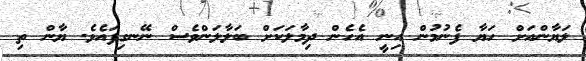
ލަޔާންއަށް ހަޔާ ފެނުމުން އިނީ އެހެން ދިމާލަކަށް ބަލާލަންވެސް ނޭނގިފައެވެ. ޔާން ތި